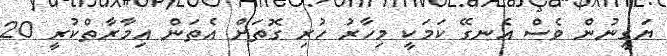
ޔަގީނުން ވެސް އެނގޭ ކަމަކީ މިހާރު ހުރި ގޮތަށް އެތަން އިމާރާތްކުރީ 20